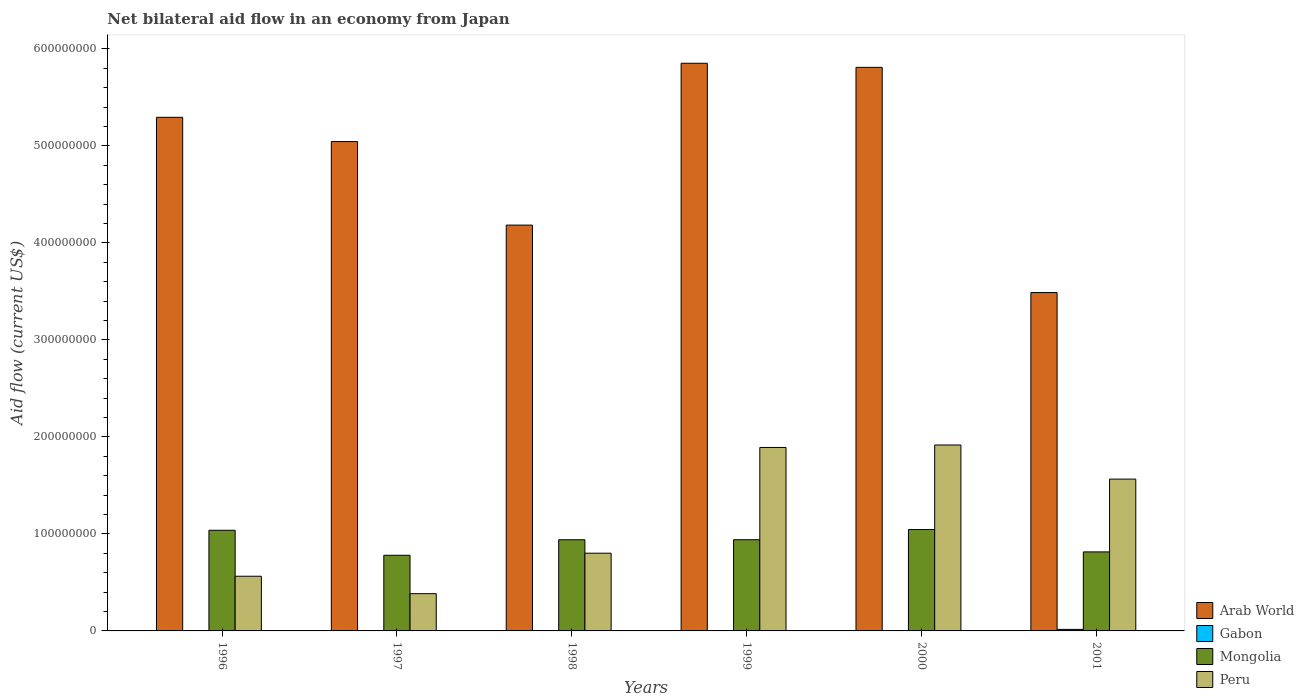
| Years | Arab World | Gabon | Mongolia | Peru |
 | --- | --- | --- | --- | --- |
 | 1996 | 5.29e+08 | 2.4e+05 | 1.04e+08 | 5.64e+07 |
 | 1997 | 5.04e+08 | 3.9e+05 | 7.8e+07 | 3.84e+07 |
 | 1998 | 4.18e+08 | 2.8e+05 | 9.4e+07 | 8.01e+07 |
 | 1999 | 5.85e+08 | 3.3e+05 | 9.4e+07 | 1.89e+08 |
 | 2000 | 5.81e+08 | -1.5e+06 | 1.05e+08 | 1.92e+08 |
 | 2001 | 3.49e+08 | 1.58e+06 | 8.15e+07 | 1.57e+08 |